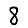
Digit: 8